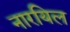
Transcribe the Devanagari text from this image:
नारयिल